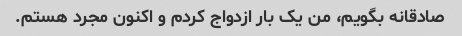
صادقانه بگویم، من یک بار ازدواج کردم و اکنون مجرد هستم.